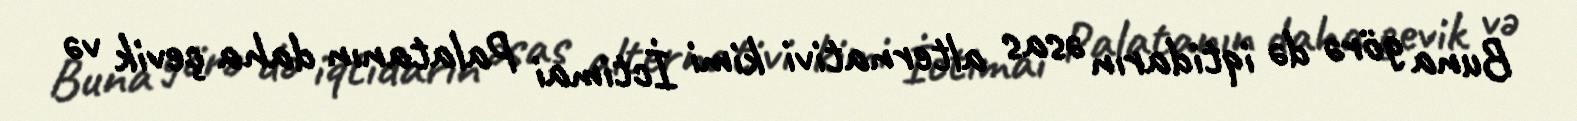
Buna görə də iqtidarın əsas alternativi kimi İctimai Palatanın daha çevik və